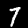
Digit: 7